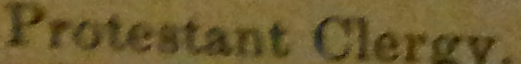
Protestant Clergy.